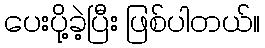
ပေးပို့ခဲ့ပြီး ဖြစ်ပါတယ်။